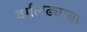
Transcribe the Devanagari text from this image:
वर्गलढ्याचा